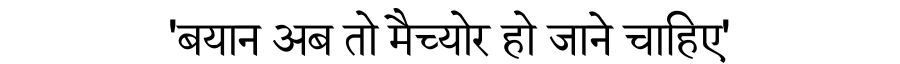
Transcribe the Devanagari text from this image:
'बयान अब तो मैच्योर हो जाने चाहिए'